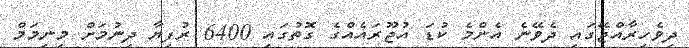
ދިވެހިރާއްޖޭގައި ދެވޭނެ އެންމެ ކުޑަ އުޖޫރައެއްގެ ގޮތުގައި 6400 ރުފިޔާ ދިނުމަށް މިނިމަމް